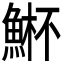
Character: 𮫾